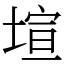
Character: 塇